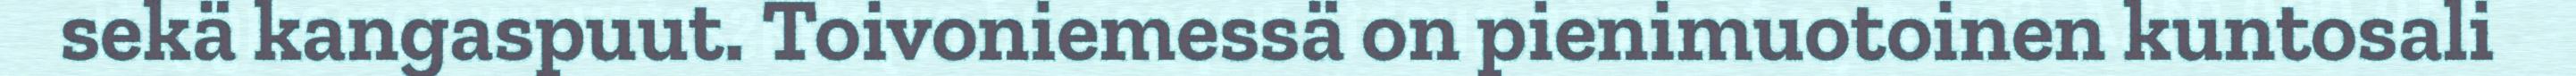
sekä kangaspuut. Toivoniemessä on pienimuotoinen kuntosali